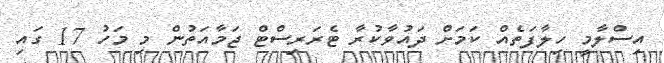
އިސްލާމީ ހިލާފަތެއް ކަމަށް ދައުވާކުރާ ޓެރަރިސްޓް ޖަމާއަތުން މި މަހު 17 ގައި